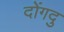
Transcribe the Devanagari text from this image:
दोंगदु